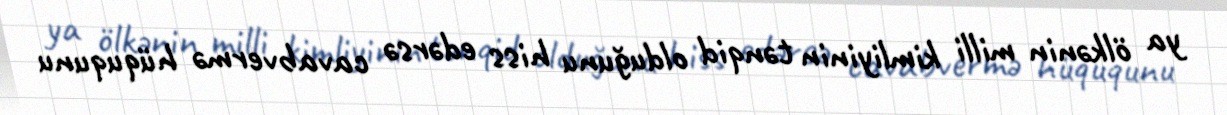
ya ölkənin milli kimliyinin tənqid olduğunu hiss edərsə cavabvermə hüququnu